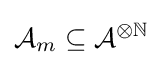
{\mathcal {A}}_{m}\subseteq {\mathcal {A}}^{\otimes \mathbb {N} }